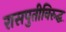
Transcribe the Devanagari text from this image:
रासपुतीविरुद्ध